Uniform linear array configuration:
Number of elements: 16
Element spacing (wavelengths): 0.5
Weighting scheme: blackman
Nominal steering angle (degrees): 15
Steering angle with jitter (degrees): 13.774
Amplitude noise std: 0.05
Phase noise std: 0.05

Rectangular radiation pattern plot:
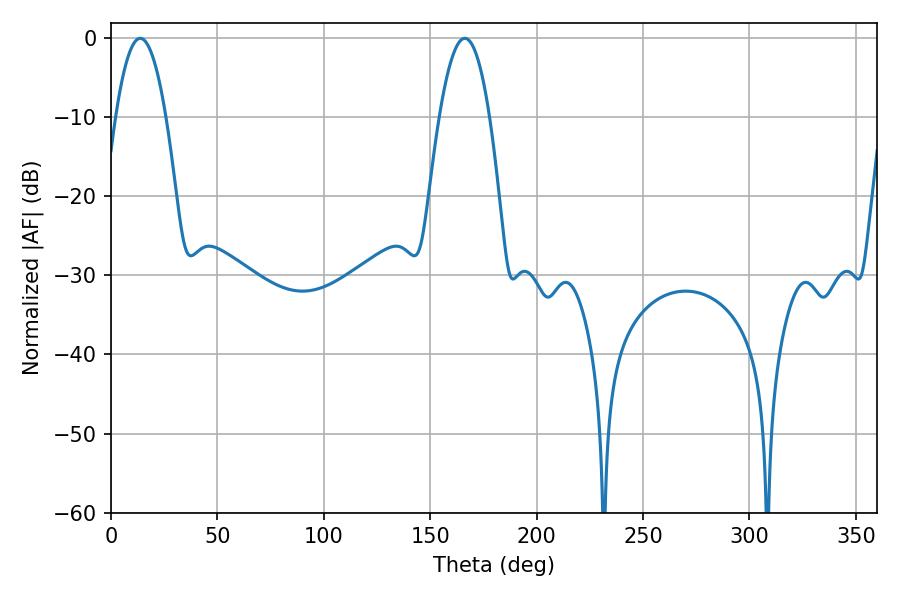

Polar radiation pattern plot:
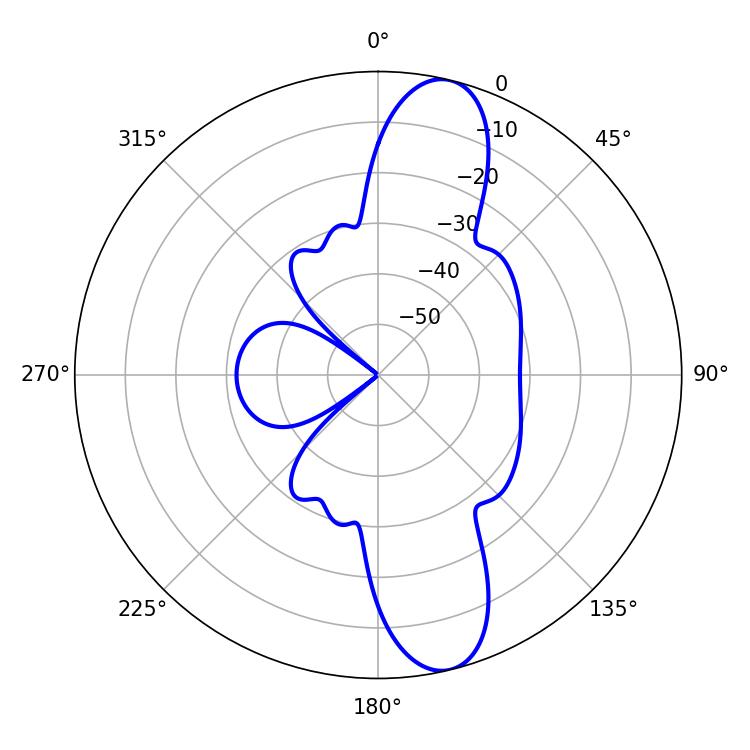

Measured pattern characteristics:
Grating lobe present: FALSE
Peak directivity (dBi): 12.306
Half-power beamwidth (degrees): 12.96
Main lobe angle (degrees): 13.68